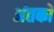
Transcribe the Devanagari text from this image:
अंतकों